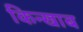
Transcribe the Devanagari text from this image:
किन्खाब